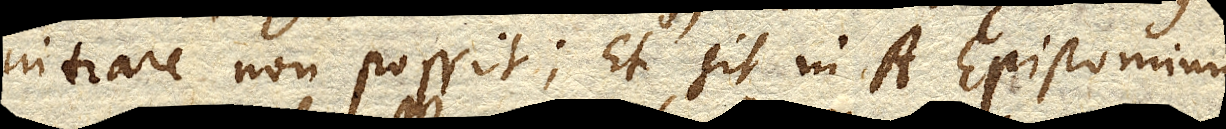
intrare non possit. Et sit in A. Epistomium